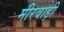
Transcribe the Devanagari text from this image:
मीरवाड़ी